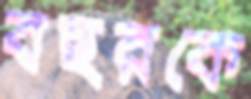
বছরকে